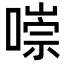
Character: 𠼾